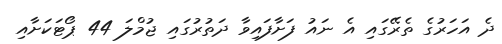
ދެ އަހަރުގެ ތެރޭގައި އެ ނައު ފަށާފައިވާ ދަތުރުގައި ޖުމްލަ 44 ޕޯޓަކަށާއި